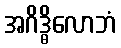
အဂိဒ္ဓိလောဘံ